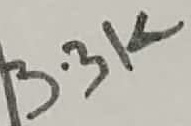
Text: 3.3K